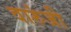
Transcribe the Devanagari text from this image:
वारुंजी